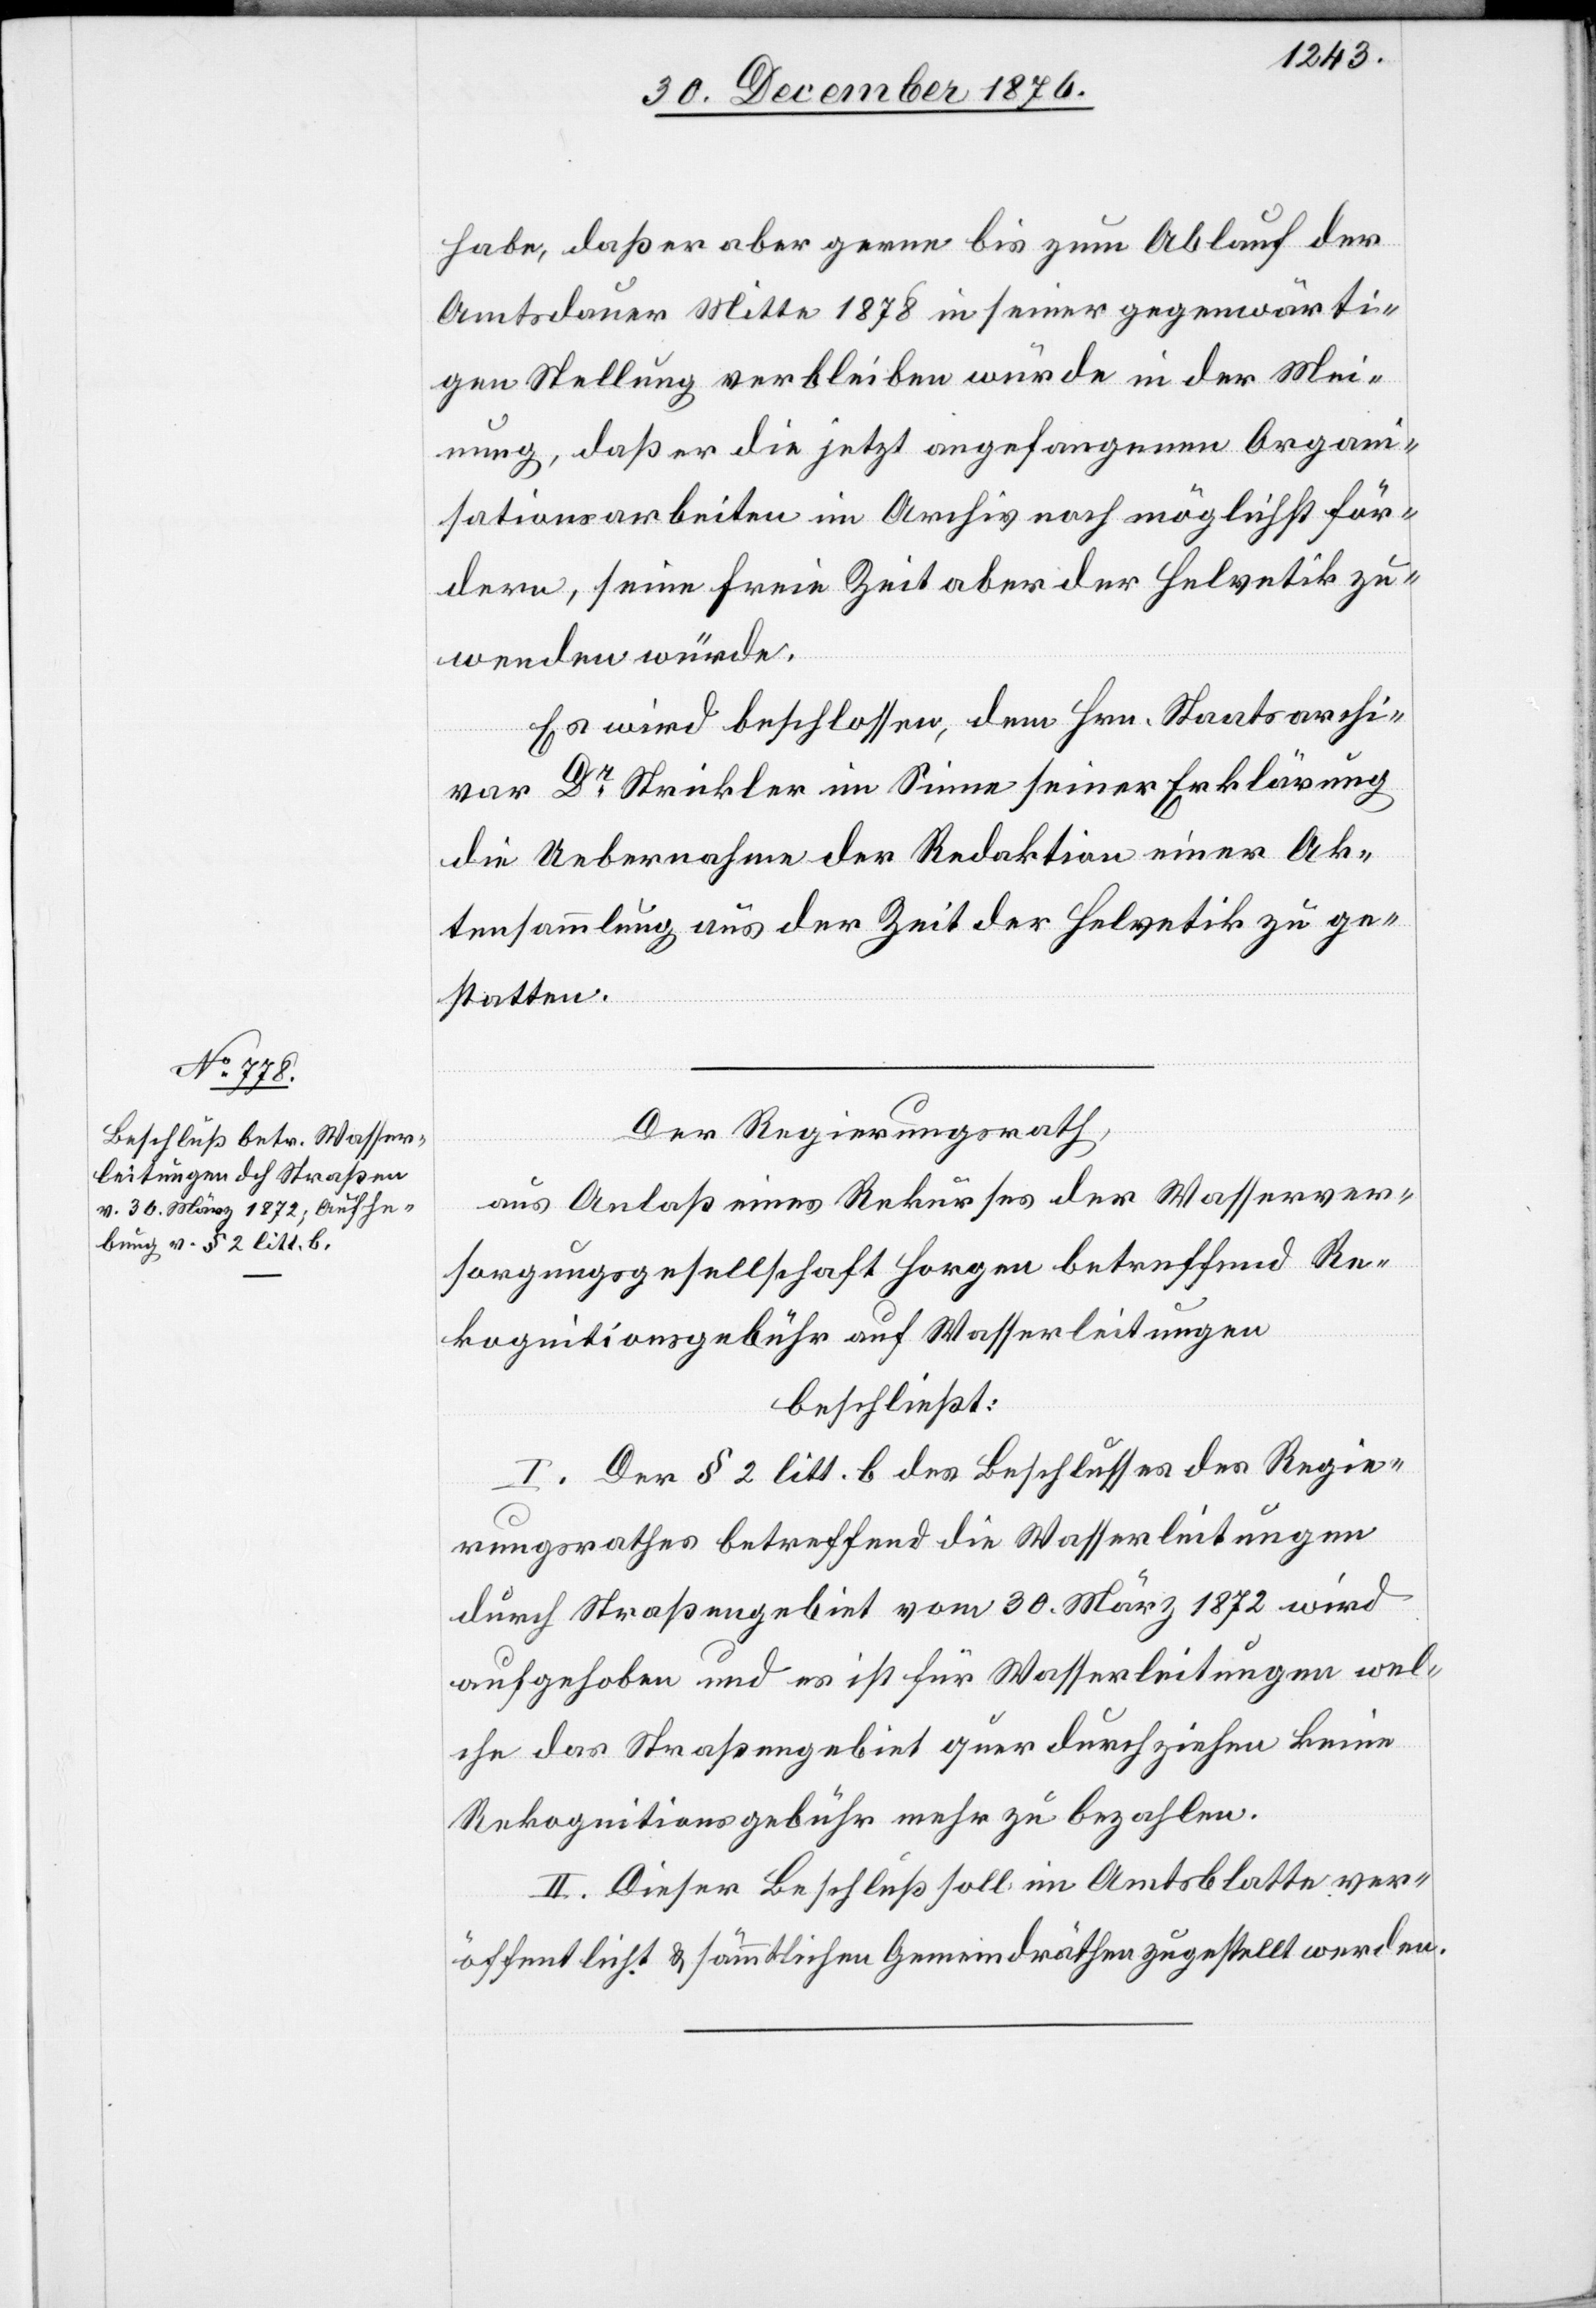
habe, daß er aber gerne bis zum Ablauf der
Amtsdauer Mitte 1878 in seiner gegenwärti¬
gen Stellung verbleiben würde in der Mei¬
nung, daß er die jetzt angefangenen Organi¬
sationsarbeiten im Archiv noch möglichst för¬
dern, seine freie Zeit aber der Helvetik zu¬
wenden würde.
Es wird beschlossen, dem Hrn. Staatsarchi¬
var Dr Strickler im Sinne seiner Erklärung
die Uebernahme der Redaktion einer Ak¬
tensammlung aus der Zeit der Helvetik zu ge¬
statten.
Der Regierungsrath,
aus Anlaß eines Rekurses der Wasserver¬
sorgungsgesellschaft Horgen betreffend Re¬
kognitionsgebühr auf Wasserleitungen
beschließt:
I. Der § 2 litt. b des Beschlusses des Regie¬
rungsrathes betreffend die Wasserleitungen
durch Straßengebiet vom 30. März 1872 wird
aufgehoben und es ist für Wasserleitungen wel¬
che das Straßengebiet quer durchziehen keine
Rekognitionsgebühr mehr zu bezahlen.
II. Dieser Beschluß soll im Amtsblatte ver¬
öffentlicht & sämmtlichen Gemeindräthen zugestellt werden.